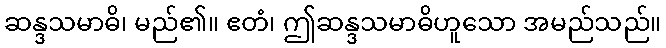
ဆန္ဒသမာဓိ၊ မည်၏။ ဧတံ၊ ဤဆန္ဒသမာဓိဟူသော အမည်သည်။